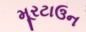
મૂરટાઉન